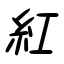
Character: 紅